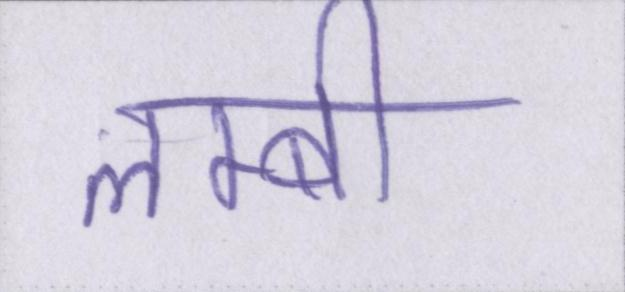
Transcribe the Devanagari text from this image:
लम्बी